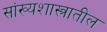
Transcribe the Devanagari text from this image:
सांख्यशास्त्रातील